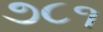
૭૮૧